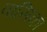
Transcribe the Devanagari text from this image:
वासिका